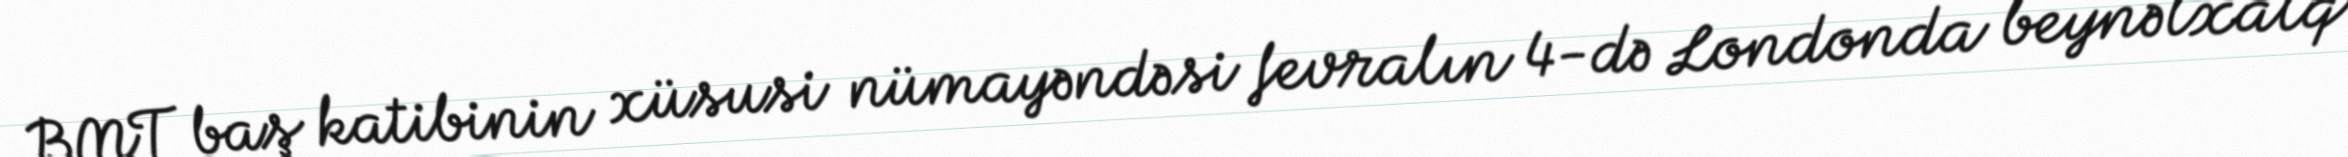
BMT baş katibinin xüsusi nümayəndəsi fevralın 4-də Londonda beynəlxalq